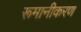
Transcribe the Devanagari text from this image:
रूमानीकरण